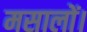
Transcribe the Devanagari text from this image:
मसालों।